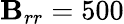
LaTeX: \mathbf{B}_{rr}=500